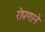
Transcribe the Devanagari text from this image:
रोपणाने